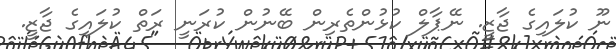
ނޫ ކުލައިގެ ޖާޒީ. ނޭޕާލް ކުޅުންތެރިން ބޭނުން ކުރަނީ ރަތް ކުލައިގެ ޖާޒީ.